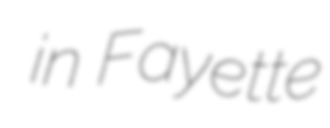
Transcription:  in Fayette